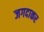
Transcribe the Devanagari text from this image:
जगदाकर